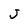
Character: J